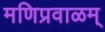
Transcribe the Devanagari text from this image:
मणिप्रवाळम्